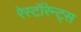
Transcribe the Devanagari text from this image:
रेस्टॉरेन्ट्स